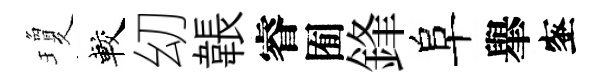
瓊較㓜韔睿囿鋒阜𦦙蜜